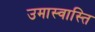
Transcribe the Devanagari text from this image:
उमास्वास्ति